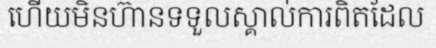
ហើយមិនហ៊ានទទួលស្គាល់ការពិតដែល